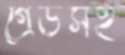
গ্রেডসহ